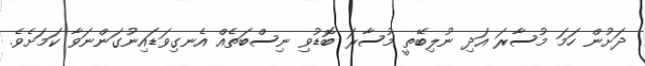
ދަށުން ހަމަ މުސާރަ އަދި ނުލިބޭތީ މުސާރަ ބޮޑުވި ނިސްބަތެއް އެނގިވަޑައިނުގަންނަވާ ކަމަށެވެ.